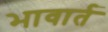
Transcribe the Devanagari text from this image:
भावार्त